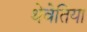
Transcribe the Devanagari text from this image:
थेवेतिया